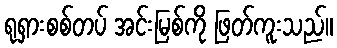
ရုရှားစစ်တပ် အင်းမြစ်ကို ဖြတ်ကူးသည်။